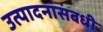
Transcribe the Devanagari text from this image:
उत्पादनांसंबधी